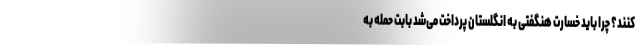
کنند؟ چرا باید خسارت هنگفتی به انگلستان پرداخت می‌شد بابت حمله به